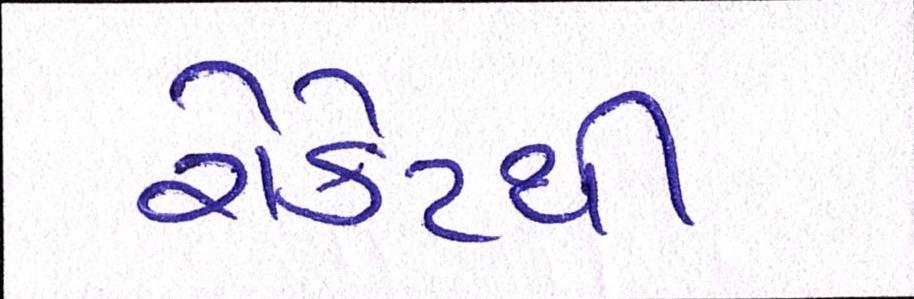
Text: રોકેટથી